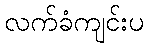
လက်ခံကျင်းပ